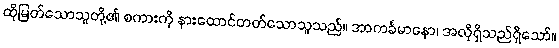
ထိုမြတ်သောသူတို့၏ စကားကို နားထောင်တတ်သောသူသည်။ အာကင်္ခမာနော၊ အလိုရှိသည်ရှိသော်။